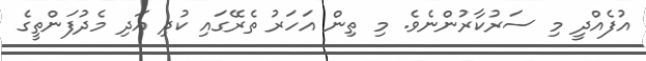
އުފެއްދީ މި ސަރުކާރުންނެވެ. މި ތިން އަހަރު ތެރޭގައި ކުދި އަދި މެދުފަންތީގެ